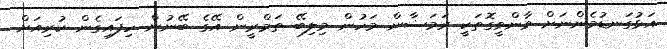
އަޅުގަނޑުމެންނަށް ވާންވީގޮތަކީ ރަމަޟާން މަހުން މިލިބޭ ތަމްރީން އޭގެ ބޭނުން ހިފައިގެން ކުރިއަށް